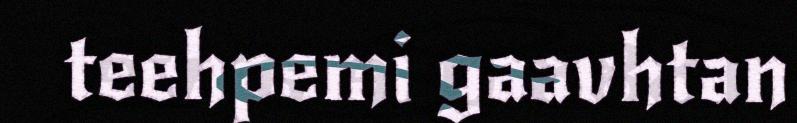
teehpemi gaavhtan